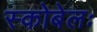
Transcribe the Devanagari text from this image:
स्कोबेलः